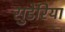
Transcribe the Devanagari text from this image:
सुडेरिया